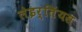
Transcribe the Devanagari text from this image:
लेइर्तिंयस